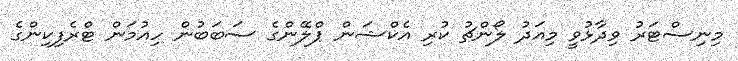
މިނިސްޓަރު ވިދާޅުވީ މިއަދު ލޯންޗު ކުރި އެކްޝަން ޕްލޭންގެ ސަބަބުން ހިއުމަން ޓްރެފިކިންގެ